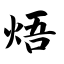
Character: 焐